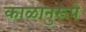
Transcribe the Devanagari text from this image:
काळानुरूपे